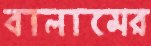
বালামের